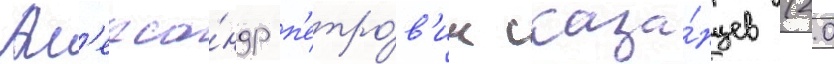
Ал'екса́ндр п'етро́в'ич каза́нцев (20